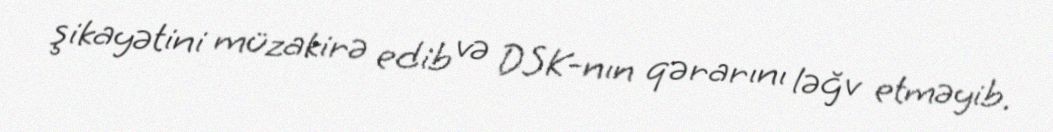
şikayətini müzakirə edib və DSK-nın qərarını ləğv etməyib.